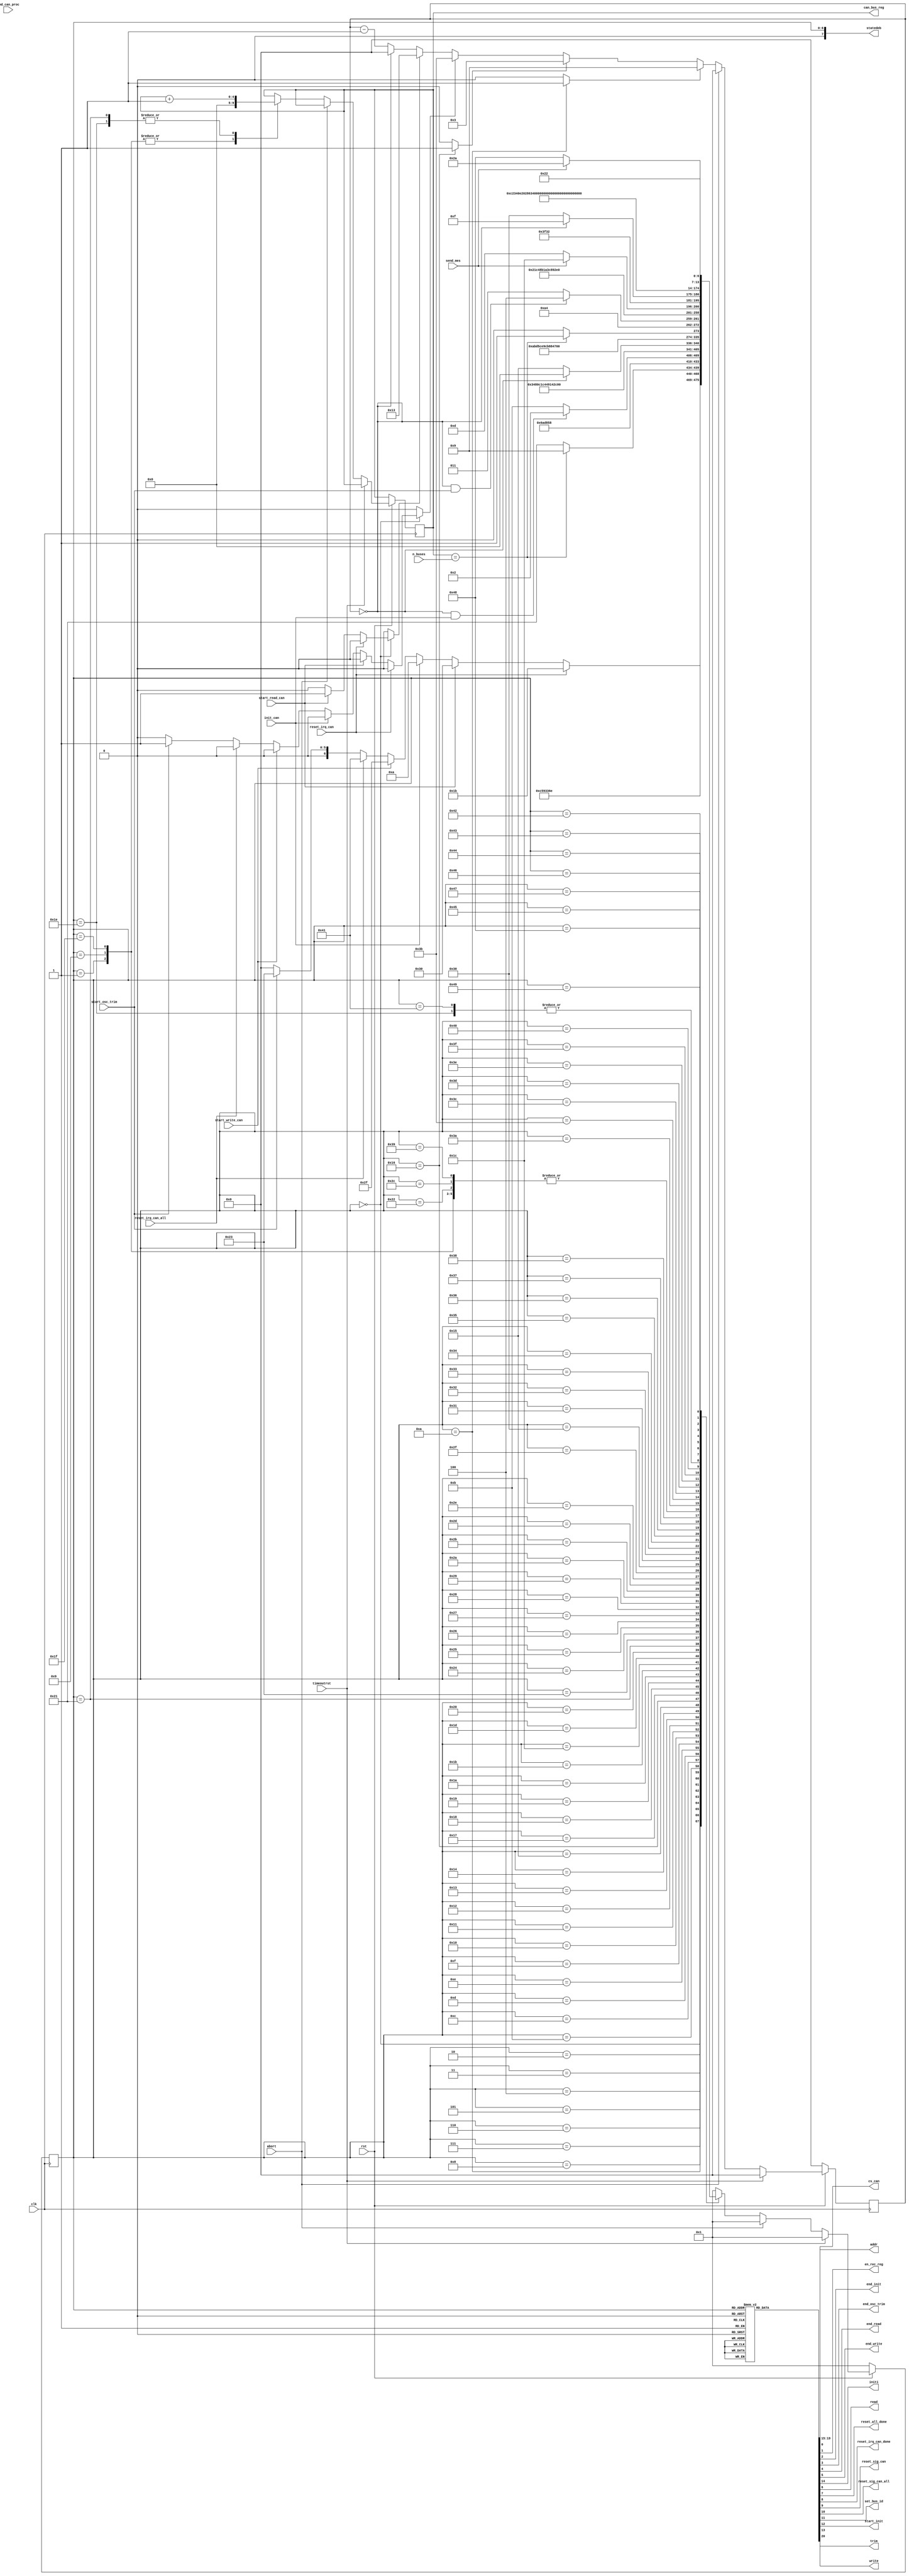
//
// Module mopshub_lib.can_interface_sm.fsm
//
// Created:
//          by - dcs.dcs (chipdev2.physik.uni-wuppertal.de)
//          at - 13:50:54 02/22/24
//
// Generated by Mentor Graphics' HDL Designer(TM) 2019.4 (Build 4)
//
`resetall
`timescale 1ns/10ps
module can_interface_sm( 
   // Port Declarations
   input   wire           abort,               // Upon receiving a reset message on the CANbus. FSM goes into a known state
   input   wire           clk,                 // posedge
   input   wire           end_can_proc, 
   input   wire           init_can,            // initialize request from bridge FSM of bridge controller 
   input   wire    [4:0]  n_buses, 
   input   wire           reset_irq_can,       // request from bridge FSM
   input   wire           reset_irq_can_all,   // request from bridge FSM
   input   wire           rst,                 // synchronous low active
   input   wire           send_mes,            // request from bridge FSM
   input   wire           start_osc_trim, 
   input   wire           start_read_can,      // request from bridge FSM 
   input   wire           start_write_can,     // request from bridge FSM
   input   wire           timeoutrst,          // timeout reset signal to the state machine in case bridge controller is not respoding for a specified time
   output  reg     [4:0]  addr,                // request to caninterface block
   output  reg     [4:0]  can_bus_reg, 
   output  reg            cs_can, 
   output  reg            en_rec_reg,          // enable receive buffer (rec_mes_buf)
   output  reg            end_init,            // indication to bridge FSM when initialization is finished 
   output  reg            end_osc_trim, 
   output  reg            end_read,            // request to bridge FSM 
   output  reg            end_write,           // request to bridge FSM
   output  reg            initi,               // request to caninterface block
   output  reg            read,                // request to caninterface block(this actually connects to CAN node(canakari))
   output  reg            reset_all_done, 
   output  reg            reset_irq_can_done, 
   output  reg            reset_sig_can, 
   output  reg            reset_sig_can_all, 
   output  reg            set_bus_id, 
   output  reg            start_init, 
   output  reg     [7:0]  statedeb,            // State debug signal 
   output  reg            trim, 
   output  reg            write                // request to caninterface block
);


// Internal Declarations


// Declare any pre-registered internal signals
reg [4:0] can_bus_reg_cld;

// Module Declarations

// State encoding
parameter 
          ST_IDLE         = 7'd0,
          ST_reset        = 7'd1,
          ST_prescalar    = 7'd2,
          ST_general      = 7'd3,
          ST_encom        = 7'd4,
          ST_accmask_cs   = 7'd5,
          accmask1        = 7'd6,
          ST_idr3_cs      = 7'd7,
          ST_idr41_cs     = 7'd8,
          ST_endinit      = 7'd9,
          ST_start_init   = 7'd10,
          ST_wait_can     = 7'd11,
          RB1             = 7'd12,
          store_RB1       = 7'd13,
          store_idr1      = 7'd14,
          idr1            = 7'd15,
          RB2             = 7'd16,
          store_RB2       = 7'd17,
          RB3             = 7'd18,
          RB4             = 7'd19,
          store_RB3       = 7'd20,
          end_readst      = 7'd21,
          store_RB4       = 7'd22,
          set_d3          = 7'd23,
          set_d1          = 7'd24,
          set_gen         = 7'd25,
          ST_rstirq       = 7'd26,
          ST_general1     = 7'd27,
          ST_rstirq_n     = 7'd28,
          ST_general_cs_n = 7'd29,
          ST_start        = 7'd30,
          ST_countrst_n   = 7'd31,
          ST_loop_rst     = 7'd32,
          ST_start_cnt    = 7'd33,
          ST_finish_trim  = 7'd34,
          ST_start_trim   = 7'd35,
          ST_general_t    = 7'd36,
          ST_id_t         = 7'd37,
          ST_data1_t      = 7'd38,
          ST_data2_t      = 7'd39,
          d7              = 7'd40,
          d8              = 7'd41,
          tc1             = 7'd42,
          set_id1         = 7'd43,
          set_tc          = 7'd44,
          set_d4          = 7'd45,
          set_d2          = 7'd46,
          Set_bus_Id2     = 7'd47,
          Wait_bits       = 7'd48,
          ST_prescal_CS   = 7'd49,
          ST_general_cs   = 7'd50,
          ST_encom_cs     = 7'd51,
          ST_idr3         = 7'd52,
          ST_idr4         = 7'd53,
          ST_accmask      = 7'd54,
          ST_accmaskcs    = 7'd55,
          ST_general1_cs  = 7'd56,
          ST_rstirq_cs    = 7'd57,
          set_gen1        = 7'd58,
          set_id2         = 7'd59,
          set_tc1         = 7'd60,
          set_d5          = 7'd61,
          set_d6          = 7'd62,
          set_d7          = 7'd63,
          set_d8          = 7'd64,
          ST_general_n    = 7'd65,
          ST_rstirq_cs_n  = 7'd66,
          ST_general_cs_t = 7'd67,
          ST_id_cs_t      = 7'd68,
          ST_data1_cs_t   = 7'd69,
          d10             = 7'd70,
          d11             = 7'd71,
          d12             = 7'd72,
          tc2             = 7'd73;

reg [6:0] current_state, next_state;

// Wait State Signals
reg [5:0] csm_timer;
reg [5:0] csm_next_timer;
reg       csm_timeout;
reg       csm_to_ST_wait_can;
reg       csm_to_end_readst;
reg       csm_to_ST_start_trim;
reg       csm_to_Wait_bits;

//-----------------------------------------------------------------
// Next State Block for machine csm
//-----------------------------------------------------------------
always @(
   can_bus_reg_cld, 
   csm_timeout, 
   current_state, 
   init_can, 
   n_buses, 
   reset_irq_can, 
   reset_irq_can_all, 
   rst, 
   send_mes, 
   start_osc_trim, 
   start_read_can, 
   start_write_can
)
begin : next_state_block_proc
   // Default assignments to Wait State entry flags
   csm_to_ST_wait_can = 1'b0;
   csm_to_end_readst = 1'b0;
   csm_to_ST_start_trim = 1'b0;
   csm_to_Wait_bits = 1'b0;
   case (current_state) 
      ST_IDLE: begin
         if (reset_irq_can == 1)
            next_state = ST_general1;
         else if (start_read_can == 1) begin
            next_state = Wait_bits;
            csm_to_Wait_bits = 1'b1;
         end
         else if (init_can == 1)
            next_state = ST_start_init;
         else if (start_write_can == 1)
            next_state = Set_bus_Id2;
         else if (reset_irq_can_all == 1)
            next_state = ST_general_n;
         else if (start_osc_trim ==1) begin
            next_state = ST_start_trim;
            csm_to_ST_start_trim = 1'b1;
         end
         else
            next_state = ST_IDLE;
      end
      ST_reset: begin
         if (rst == 1)
            next_state = ST_IDLE;
         else
            next_state = ST_reset;
      end
      ST_prescalar: begin
         next_state = ST_prescal_CS;
      end
      ST_general: begin
         next_state = ST_general_cs;
      end
      ST_encom: begin
         next_state = ST_encom_cs;
      end
      ST_accmask_cs: begin
         next_state = ST_accmaskcs;
      end
      accmask1: begin
         if (can_bus_reg_cld ==n_buses)
            next_state = ST_endinit;
         else
            next_state = ST_start_cnt;
      end
      ST_idr3_cs: begin
         next_state = ST_idr4;
      end
      ST_idr41_cs: begin
         next_state = ST_accmask;
      end
      ST_endinit: begin
         next_state = ST_IDLE;
      end
      ST_start_init: begin
         next_state = ST_wait_can;
         csm_to_ST_wait_can = 1'b1;
      end
      ST_wait_can: begin
         if (csm_timeout && (init_can == 1))
            next_state = ST_prescalar;
         else
            next_state = ST_wait_can;
      end
      RB1: begin
         next_state = store_RB1;
      end
      store_RB1: begin
         next_state = RB2;
      end
      store_idr1: begin
         next_state = RB1;
      end
      idr1: begin
         next_state = store_idr1;
      end
      RB2: begin
         next_state = store_RB2;
      end
      store_RB2: begin
         next_state = RB3;
      end
      RB3: begin
         next_state = store_RB3;
      end
      RB4: begin
         next_state = store_RB4;
      end
      store_RB3: begin
         next_state = RB4;
      end
      end_readst: begin
         if (csm_timeout)
            next_state = ST_IDLE;
         else
            next_state = end_readst;
      end
      store_RB4: begin
         next_state = end_readst;
         csm_to_end_readst = 1'b1;
      end
      set_d3: begin
         next_state = set_d5;
      end
      set_d1: begin
         next_state = set_d2;
      end
      set_gen: begin
         next_state = set_gen1;
      end
      ST_rstirq: begin
         next_state = ST_rstirq_cs;
      end
      ST_general1: begin
         next_state = ST_general1_cs;
      end
      ST_rstirq_n: begin
         next_state = ST_rstirq_cs_n;
      end
      ST_general_cs_n: begin
         next_state = ST_rstirq_n;
      end
      ST_start: begin
         next_state = ST_general_cs_n;
      end
      ST_countrst_n: begin
         next_state = ST_IDLE;
      end
      ST_loop_rst: begin
         if (can_bus_reg_cld==n_buses)
            next_state = ST_countrst_n;
         else
            next_state = ST_start;
      end
      ST_start_cnt: begin
         next_state = ST_start_init;
      end
      ST_finish_trim: begin
         next_state = ST_IDLE;
      end
      ST_start_trim: begin
         if (csm_timeout && (start_osc_trim==1))
            next_state = ST_general_t;
         else
            next_state = ST_start_trim;
      end
      ST_general_t: begin
         next_state = ST_general_cs_t;
      end
      ST_id_t: begin
         next_state = ST_id_cs_t;
      end
      ST_data1_t: begin
         next_state = ST_data1_cs_t;
      end
      ST_data2_t: begin
         next_state = d10;
      end
      d7: begin
         next_state = d11;
      end
      d8: begin
         next_state = d12;
      end
      tc1: begin
         next_state = tc2;
      end
      set_id1: begin
         next_state = set_id2;
      end
      set_tc: begin
         next_state = ST_IDLE;
      end
      set_d4: begin
         if (send_mes == 1)
            next_state = set_tc1;
         else
            next_state = set_d4;
      end
      set_d2: begin
         next_state = set_d7;
      end
      Set_bus_Id2: begin
         next_state = set_gen;
      end
      Wait_bits: begin
         if (csm_timeout)
            next_state = idr1;
         else
            next_state = Wait_bits;
      end
      ST_prescal_CS: begin
         next_state = ST_general;
      end
      ST_general_cs: begin
         next_state = ST_encom;
      end
      ST_encom_cs: begin
         next_state = ST_idr3;
      end
      ST_idr3: begin
         next_state = ST_idr3_cs;
      end
      ST_idr4: begin
         next_state = ST_idr41_cs;
      end
      ST_accmask: begin
         next_state = ST_accmask_cs;
      end
      ST_accmaskcs: begin
         next_state = accmask1;
      end
      ST_general1_cs: begin
         next_state = ST_rstirq;
      end
      ST_rstirq_cs: begin
         next_state = ST_IDLE;
      end
      set_gen1: begin
         next_state = set_id1;
      end
      set_id2: begin
         next_state = set_d8;
      end
      set_tc1: begin
         next_state = set_tc;
      end
      set_d5: begin
         next_state = set_d4;
      end
      set_d6: begin
         next_state = set_d3;
      end
      set_d7: begin
         next_state = set_d6;
      end
      set_d8: begin
         next_state = set_d1;
      end
      ST_general_n: begin
         next_state = ST_general_cs_n;
      end
      ST_rstirq_cs_n: begin
         next_state = ST_loop_rst;
      end
      ST_general_cs_t: begin
         next_state = ST_id_t;
      end
      ST_id_cs_t: begin
         next_state = ST_data1_t;
      end
      ST_data1_cs_t: begin
         next_state = ST_data2_t;
      end
      d10: begin
         next_state = d7;
      end
      d11: begin
         next_state = d8;
      end
      d12: begin
         if (send_mes == 1)
            next_state = tc1;
         else
            next_state = d12;
      end
      tc2: begin
         next_state = ST_finish_trim;
      end
      default: 
         next_state = ST_reset;
   endcase
end // Next State Block

//-----------------------------------------------------------------
// Output Block for machine csm
//-----------------------------------------------------------------
always @(
   current_state
)
begin : output_block_proc
   // Default Assignment
   addr = 5'b11111;
   cs_can = 0;
   en_rec_reg = 0;
   end_init = 0;
   end_osc_trim = 0;
   end_read = 0;
   end_write = 0;
   initi = 0;
   read = 1;
   reset_all_done = 0;
   reset_irq_can_done = 0;
   reset_sig_can = 0;
   reset_sig_can_all = 0;
   set_bus_id = 0;
   start_init = 0;
   trim = 0;
   write = 1;

   // Combined Actions
   case (current_state) 
      ST_prescalar: begin
         initi = 1 ;
         addr = 5'b01111;
         write = 0 ;
      end
      ST_general: begin
         initi = 1;
         addr = 5'b01110;
         write = 0 ;
      end
      ST_encom: begin
         initi = 1;
         addr = 5'b10010 ;
         write = 0 ;
      end
      ST_accmask_cs: begin
         initi = 1 ;
         addr = 5'b10001 ;
         write = 0 ;
      end
      accmask1: begin
         initi = 1 ;
         addr = 5'b10000 ;
         write = 0 ;
         cs_can = 1 ;
      end
      ST_idr3_cs: begin
         addr = 5'b00101;
         initi = 1 ;
         write = 0 ;
         cs_can = 1 ;
      end
      ST_idr41_cs: begin
         initi = 1;
         addr = 5'b00100 ;
         write = 0 ;
         cs_can = 1 ;
      end
      ST_endinit: begin
         end_init=1;
      end
      ST_start_init: begin
         start_init =1;
      end
      RB1: begin
         read = 0;
         addr = 5'h3 ;
         cs_can = 1 ;
      end
      store_RB1: begin
         read = 0;
         addr = 5'h3;
         cs_can = 1 ;
         en_rec_reg = 1;
      end
      store_idr1: begin
         read = 0;
         addr = 5'h5;
         cs_can = 1 ;
         en_rec_reg = 1 ;
      end
      idr1: begin
         read = 0;
         addr = 5'h5;
         cs_can = 1 ;
      end
      RB2: begin
         read = 0;
         addr = 5'h2;
         cs_can = 1 ;
      end
      store_RB2: begin
         read = 0;
         addr = 5'h2;
         cs_can = 1 ;
         en_rec_reg = 1;
      end
      RB3: begin
         read = 0;
         addr = 5'h1;
         cs_can = 1 ;
      end
      RB4: begin
         read = 0;
         addr = 5'h0;
         cs_can = 1 ;
      end
      store_RB3: begin
         read = 0;
         addr = 5'h1;
         cs_can = 1 ;
         en_rec_reg = 1;
      end
      end_readst: begin
         end_read = 1 ;
         addr = 5'h1F;
      end
      store_RB4: begin
         read = 0;
         addr = 5'h0;
         cs_can = 1 ;
         en_rec_reg = 1;
      end
      set_d3: begin
         write = 0 ;
         addr = 5'h8 ;
         cs_can = 1 ;
         set_bus_id =1;
      end
      set_d1: begin
         write = 0 ;
         addr = 5'hA;
         cs_can = 1 ;
         set_bus_id =1;
      end
      set_gen: begin
         write = 0 ;
         addr = 5'hE;
         set_bus_id =1;
      end
      ST_rstirq: begin
         write = 0 ;
         reset_sig_can = 1;
         addr = 5'h12;
      end
      ST_general1: begin
         write = 0 ;
         reset_sig_can = 1;
         addr = 5'hE;
      end
      ST_rstirq_n: begin
         write = 0 ;
         addr = 5'h12;
         reset_sig_can = 1;
         reset_sig_can_all = 1;
      end
      ST_general_cs_n: begin
         write = 0 ;
         cs_can = 1 ;
         addr = 5'hE;
         reset_sig_can = 1;
         reset_sig_can_all = 1;
      end
      ST_countrst_n: begin
         reset_all_done =1;
      end
      ST_finish_trim: begin
         end_osc_trim =1;
      end
      ST_general_t: begin
         write = 0 ;
         trim =1;
         addr = 5'b01110;
      end
      ST_id_t: begin
         write = 0 ;
         trim =1;
         addr = 5'b01100 ;
      end
      ST_data1_t: begin
         write = 0 ;
         trim =1;
         addr = 5'b01010 ;
      end
      ST_data2_t: begin
         write = 0 ;
         trim =1;
         addr = 5'b01001 ;
      end
      d7: begin
         write = 0 ;
         trim =1;
         addr = 5'b01000 ;
      end
      d8: begin
         write = 0 ;
         trim =1;
         addr = 5'b00111 ;
         end_write = 1 ;
      end
      tc1: begin
         write = 0 ;
         trim =1;
         addr = 5'b01101 ;
      end
      set_id1: begin
         write = 0 ;
         addr = 5'hC ;
         set_bus_id =1;
      end
      set_tc: begin
         write = 0 ;
         addr = 5'hD;
         cs_can = 1 ;
         set_bus_id =1;
      end
      set_d4: begin
         write = 0 ;
         addr = 5'h7;
         cs_can = 1 ;
         end_write = 1 ;
         set_bus_id =1;
      end
      set_d2: begin
         write = 0 ;
         addr = 5'h9 ;
         set_bus_id =1;
      end
      Set_bus_Id2: begin
         set_bus_id =1;
      end
      ST_prescal_CS: begin
         initi = 1 ;
         addr = 5'b01111;
         write = 0 ;
         cs_can = 1 ;
      end
      ST_general_cs: begin
         initi = 1;
         addr = 5'b01110;
         write = 0 ;
         cs_can = 1 ;
      end
      ST_encom_cs: begin
         initi = 1;
         addr = 5'b10010 ;
         write = 0 ;
         cs_can = 1 ;
      end
      ST_idr3: begin
         addr = 5'b00101;
         initi = 1 ;
         write = 0 ;
      end
      ST_idr4: begin
         initi = 1;
         addr = 5'b00100 ;
         write = 0 ;
      end
      ST_accmask: begin
         initi = 1 ;
         addr = 5'b10001 ;
         write = 0 ;
      end
      ST_accmaskcs: begin
         initi = 1 ;
         addr = 5'b10000 ;
         write = 0 ;
         cs_can = 1 ;
      end
      ST_general1_cs: begin
         write = 0 ;
         reset_sig_can = 1;
         cs_can = 1 ;
         addr = 5'hE;
      end
      ST_rstirq_cs: begin
         write = 0 ;
         reset_sig_can = 1;
         cs_can = 1 ;
         addr = 5'h12 ;
         reset_irq_can_done =1;
      end
      set_gen1: begin
         write = 0 ;
         addr = 5'hE;
         cs_can = 1;
         set_bus_id =1;
      end
      set_id2: begin
         write = 0 ;
         addr = 5'hC ;
         cs_can = 1 ;
         set_bus_id =1;
      end
      set_tc1: begin
         write = 0 ;
         addr = 5'hD ;
         set_bus_id =1;
      end
      set_d5: begin
         write = 0 ;
         addr = 5'h7;
         end_write = 1 ;
         set_bus_id =1;
      end
      set_d6: begin
         write = 0 ;
         addr = 5'h8;
         set_bus_id =1;
      end
      set_d7: begin
         write = 0 ;
         addr = 5'h9;
         cs_can = 1 ;
         set_bus_id =1;
      end
      set_d8: begin
         write = 0 ;
         addr = 5'hA ;
         set_bus_id =1;
      end
      ST_general_n: begin
         write = 0 ;
         addr = 5'hE;
         reset_sig_can = 1;
         reset_sig_can_all = 1;
      end
      ST_rstirq_cs_n: begin
         write = 0 ;
         cs_can = 1 ;
         addr = 5'h12;
         reset_sig_can = 1;
         reset_sig_can_all = 1;
      end
      ST_general_cs_t: begin
         write = 0 ;
         trim =1;
         addr = 5'b01110;
         cs_can = 1;
      end
      ST_id_cs_t: begin
         write = 0 ;
         trim =1;
         addr = 5'b01100 ;
         cs_can = 1 ;
      end
      ST_data1_cs_t: begin
         write = 0 ;
         trim =1;
         addr = 5'b01010 ;
         cs_can = 1 ;
      end
      d10: begin
         write = 0 ;
         trim =1;
         addr = 5'b01001 ;
         cs_can = 1 ;
      end
      d11: begin
         write = 0 ;
         trim =1;
         addr = 5'b01000 ;
         cs_can = 1 ;
      end
      d12: begin
         write = 0 ;
         trim =1;
         addr = 5'b00111 ;
         end_write = 1 ;
         cs_can = 1 ;
      end
      tc2: begin
         write = 0 ;
         trim =1;
         addr = 5'b01101 ;
         cs_can = 1;
      end
   endcase
end // Output Block

//-----------------------------------------------------------------
// Clocked Block for machine csm
//-----------------------------------------------------------------
always @(
   posedge clk
) 
begin : clocked_block_proc
   if (!rst) begin
      current_state <= ST_reset;
      csm_timer <= 6'd0;
   end
   else if (timeoutrst) begin
      current_state <= ST_reset;
      csm_timer <= 6'd0;
   end
   else if (abort) begin
      current_state <= ST_reset;
      csm_timer <= 6'd0;
   end
   else 
   begin
      current_state <= next_state;
      csm_timer <= csm_next_timer;

      // Combined Actions
      case (current_state) 
         ST_reset: begin
            can_bus_reg_cld =1'b0;
         end
         ST_endinit: begin
            can_bus_reg_cld<=1'b0;
         end
         ST_start: begin
            can_bus_reg_cld<=can_bus_reg_cld +1;
         end
         ST_countrst_n: begin
            can_bus_reg_cld<=1'b0;
         end
         ST_start_cnt: begin
            can_bus_reg_cld<=can_bus_reg_cld +1;
         end
      endcase
   end
end // Clocked Block

//-----------------------------------------------------------------
// Wait state logic for machine csm
//-----------------------------------------------------------------
always @(
   csm_timer,
   csm_to_ST_wait_can,
   csm_to_end_readst,
   csm_to_ST_start_trim,
   csm_to_Wait_bits
)
begin : csm_wait_block_proc
   csm_timeout = (csm_timer == 6'd0);
   if (csm_to_ST_wait_can == 1'b1) begin
      csm_next_timer = 6'd9;  //no cycles(10)-1=9
   end
   else if (csm_to_end_readst == 1'b1) begin
      csm_next_timer = 6'd3;  //no cycles(4)-1=3
   end
   else if (csm_to_ST_start_trim == 1'b1) begin
      csm_next_timer = 6'd59;  //no cycles(60)-1=59
   end
   else if (csm_to_Wait_bits == 1'b1) begin
      csm_next_timer = 6'd19;  //no cycles(20)-1=19
   end
   else begin
      csm_next_timer = (csm_timeout)? 6'd0: (csm_timer - 6'd1);
   end
end // Wait State Block
// State-As-Output assignment
always @(current_state)
begin
   statedeb = 8'b0;
   statedeb[6:0] = current_state;
end

// Concurrent Statements
// Clocked output assignments
always @(
   can_bus_reg_cld
)
begin : clocked_output_proc
   can_bus_reg = can_bus_reg_cld;
end
endmodule // can_interface_sm